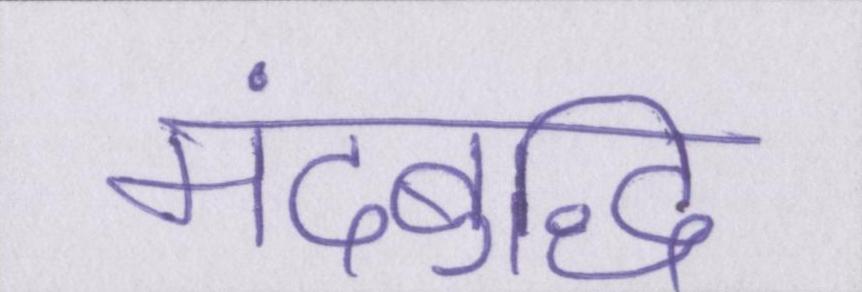
मंदबुद्धि